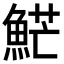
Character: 𩷶